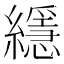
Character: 䌥